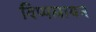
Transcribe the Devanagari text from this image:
विप्पलायन